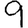
Digit: 9